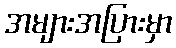
အများအပြားမှာ